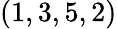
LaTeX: (1,3,5,2)